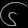
Digit: ၆